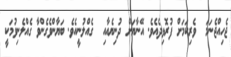
ޖެހިއްޖެނަމަ  ވެރިކަމަށް ފުރޮޅިދެއެވެ. އޭނާޔަށް ދުނިޔެއާއި  ގެއްލުނީއެވެ. ބަޔާންވެގެންވާ ގެއްލެނިވުމަކީ